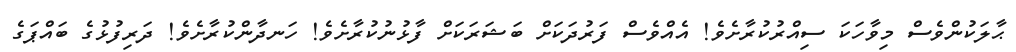
ޙާލަކުންވެސް މިވާހަކަ ސިއްރުކުރާށެވެ! އެއްވެސް ފަރުދަކަށް ބަޝަރަކަށް ފާޅުނުކުރާށެވެ! ހަނދާންކުރާށެވެ! ދަރިފުޅުގެ ބައްޕަގެ